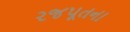
રજપૂતના